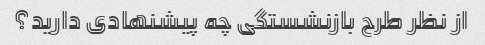
از نظر طرح بازنشستگی چه پیشنهادی دارید؟